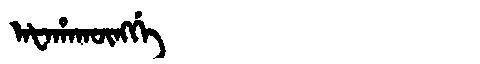
Manchu: ᠠᡶᠠᡥᠠᡴᡡᠩᡤᡝ
Romanization: AFAHAKŪNGGE